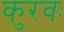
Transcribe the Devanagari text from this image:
कुरवः